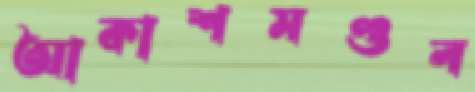
আকাশমণ্ডল